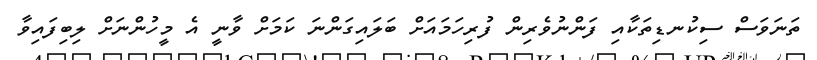
ތަނަވަސް ސިކުނޑިތަކާއި ފަންނުވެރިން ފުރިހަމައަށް ބަލައިގަންނަ ކަމަށް ވާނީ އެ މީހުންނަށް ލިބިފައިވާ